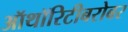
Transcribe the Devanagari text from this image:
ऑथॉरिटीबरोबर